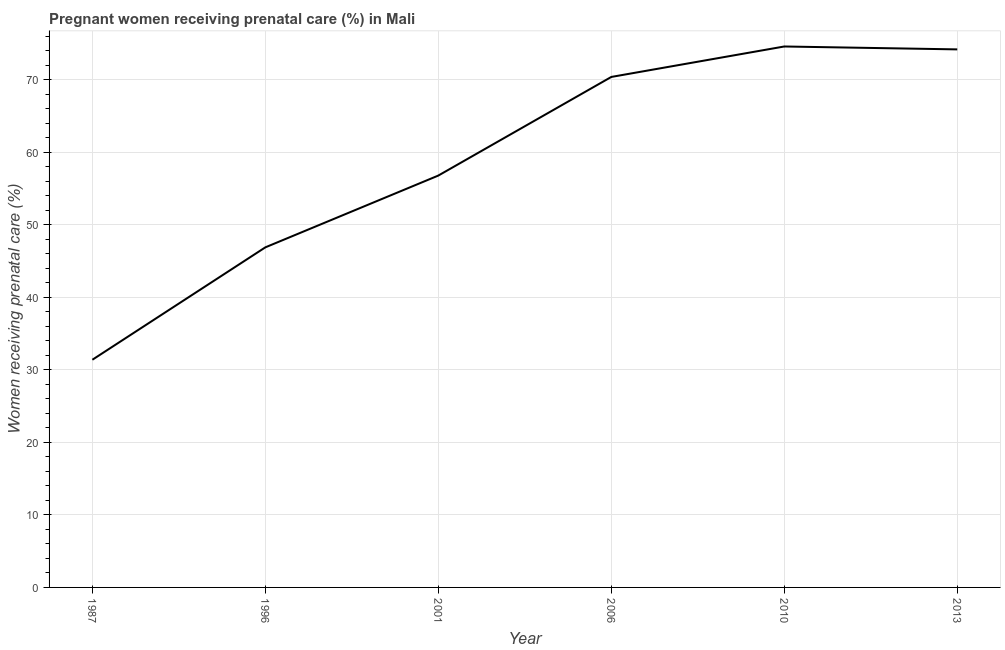
| Year | Pregnant women receiving prenatal care |
 | --- | --- |
 | 1987 | 31.4 |
 | 1996 | 46.9 |
 | 2001 | 56.8 |
 | 2006 | 70.4 |
 | 2010 | 74.6 |
 | 2013 | 74.2 |